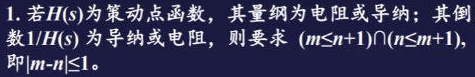
1. 若$H(s)$为策动点函数，其量纲为电阻或导纳；其倒数$1/H(s)$为导纳或电阻，则要求$(m\leq n + 1)\cap(n\leq m + 1)$，即$|m - n|\leq1$。